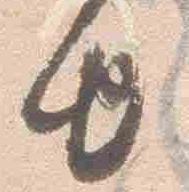
由